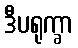
ဒီပရုက္ခာ